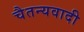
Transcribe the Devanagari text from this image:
चैतन्यवादी